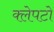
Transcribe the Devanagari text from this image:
क्लेपटो